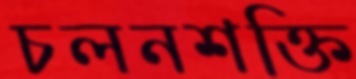
চলনশক্তি